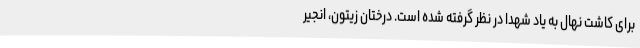
برای کاشت نهال به یاد شهدا در نظر گرفته شده است. درختان زیتون، انجیر